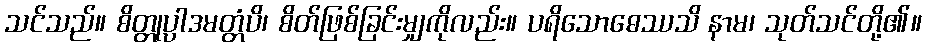
သင်သည်။ စိတ္တုပ္ပါဒမတ္တံပိ၊ စိတ်ဖြစ်ခြင်းမျှကိုလည်း။ ပရိသောဓေဿသိ နာမ၊ သုတ်သင်တို့၏။